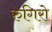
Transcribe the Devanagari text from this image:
रुगिरो